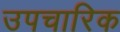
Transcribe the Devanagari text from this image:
उपचारिक